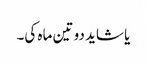
یا شاید دو تین ماہ کی۔